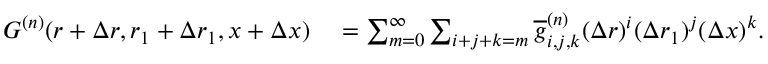
\begin{array} { r l } { G ^ { ( n ) } ( r + \Delta r , r _ { 1 } + \Delta r _ { 1 } , x + \Delta x ) } & { { } = \sum _ { m = 0 } ^ { \infty } \sum _ { i + j + k = m } \overline { { g } } _ { i , j , k } ^ { ( n ) } ( \Delta r ) ^ { i } ( \Delta r _ { 1 } ) ^ { j } ( \Delta x ) ^ { k } . } \end{array}